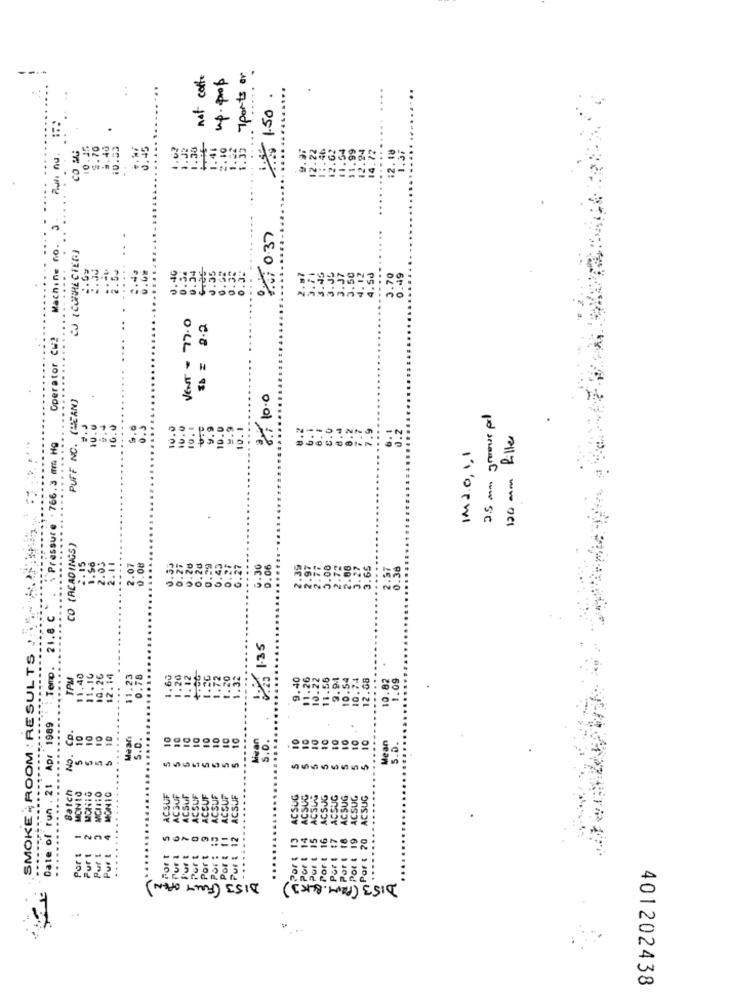
7ports or
not caffe
up. prop
...
..
:
1.50
CO MAG
10.17
$.70
9.40
10.33
0.45
1.02
1.32
1.30
1:35
9.9:
12.22
1 :. 46
12.62
1.54
12.94
14.72
......
:2.18
2. 10
.99
1.37
11
01 0:37
CJ ( CORRECTED]
...
0.00
0.46
0.54
.45
2.50
0.3.
.35
3.37
.50
4.12
4.50
3.70
0.49
Ma
VENT - 77.0
31 = 2.2
Operator Cw2
....
PUFF NO. (HEAN)
8 10.0
2.5 mm groove pol
16.€
10.0
10. 0
10.1
9.9
10.1
....
8.2
.9
....
6. 1
0.2
10.1
8 .6
8 .
120 mm filler
Pressure . 766.3 mm Hg
IM20, 0,1
CO (READINGS)
0:20
0.20
.15
1.50
2.03
....
0.08
0.29
0.45
0.25
.27
0.30
0.06
.00
2.72
3.27
3.65
0.38
21.8 C
SMOKE ; ROOM : RESULTS
:23 1.35
' : Temp.
TPM
11.40
10.26
12.14
11.23
0.78
1.60
1.20
1.12
1.26
1.72
.20
1.32
9.40
.26
10:22
11.56
9.94
10.54
10.74
12.68
...
10.82
1.09
...
Date of run . 21 Apr 1989
No. Co.
10
10
10
.....
S.D.
10
10
10
10
Mivan
10
10
s.o.
10
..
Mean
S.D.
....
Batch
MONIG
MCHITO
MON10
MONTO
ACSUF
ACSUF
ACSUF
ICSUF
CEUF
ACSUF
ACSUF
ACSUF
ACSUG
ACSUG
ACSUL
ACSUG
ACSUG
ACSUG
CSUG
ACSUG
5
20
Por :
-NOT
Purt
Puri
Pur !
Por &
Port
DIS3 (FULLT OPEN)
DI53 (PRM. BLKJ)
401202438